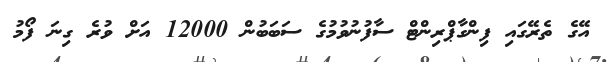
އޭގެ ތެރޭގައި ފިންގާޕްރިންޓް ސާފުނުވުމުގެ ސަބަބުން 12000 އަށް ވުރެ ގިނަ ފޯމު